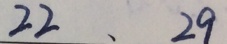
2 2 、 2 9